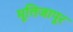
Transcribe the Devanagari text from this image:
मूतिजापूर